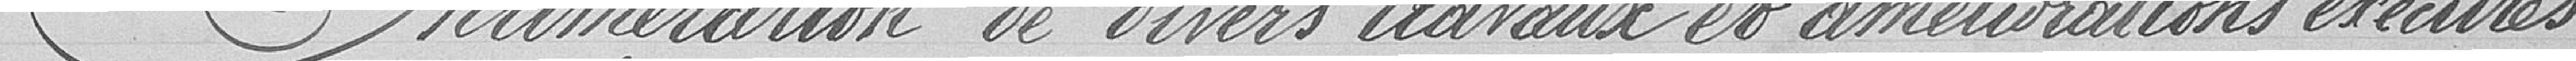
Énumération de divers travaux et améliorations exécutés